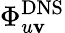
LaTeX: \Phi_{u\mathbf{v}}^{\mathrm{{DNS}}}